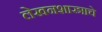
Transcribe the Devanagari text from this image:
लेखनशास्त्राचे